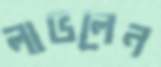
লাভলেন